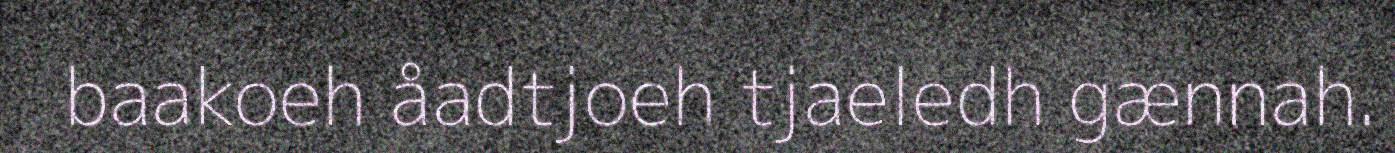
baakoeh åadtjoeh tjaeledh gænnah.